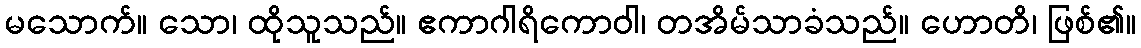
မသောက်။ သော၊ ထိုသူသည်။ ဧကာဂါရိကောဝါ၊ တအိမ်သာခံသည်။ ဟောတိ၊ ဖြစ်၏။